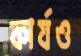
কার্যও